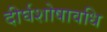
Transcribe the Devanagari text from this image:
दीर्घशोषावधि